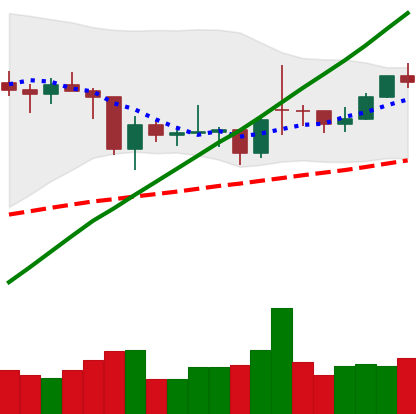
Ticker: BTC-USD
Chart end date: 2021-02-04
Forward return: 25.876%
Label: up_7plus